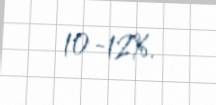
10-12%.